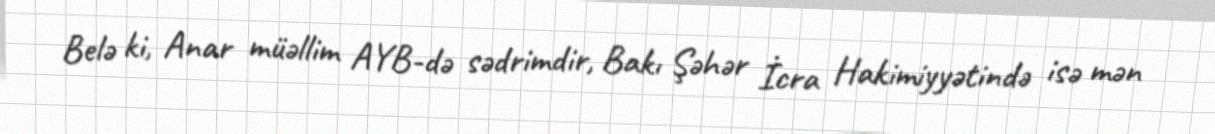
Belə ki, Anar müəllim AYB-də sədrimdir, Bakı Şəhər İcra Hakimiyyətində isə mən